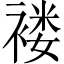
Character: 褛